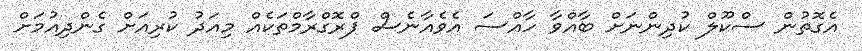
އެގޮތުން ސްކޫލް ކުދިންނަށް ބާއްވާ ހާއްސަ އެވެއާނެސް ޕްރޮގްރާމްތަކެއް މިއަދު ކުރިއަށް ގެންދިއުމަށް